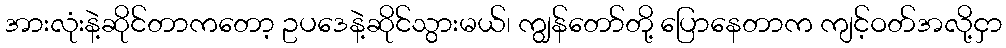
အားလုံးနဲ့ဆိုင်တာကတော့ ဥပဒေနဲ့ဆိုင်သွားမယ်၊ ကျွန်တော်တို့ ပြောနေတာက ကျင့်ဝတ်အလို့ငှာ